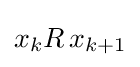
x_{k}R\,x_{k+1}